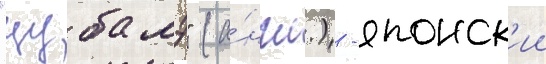
"цубамэ" (а́нгл.) - японск'ии